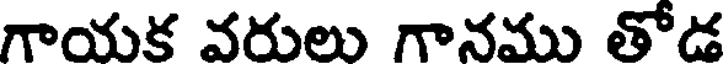
గాయక వరులు గానము తోడ